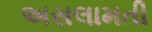
અસલામતી